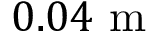
0 . 0 4 \mathrm { ~ m ~ }